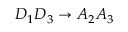
D _ { 1 } D _ { 3 } \rightarrow A _ { 2 } A _ { 3 }